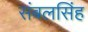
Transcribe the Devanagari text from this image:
संबलसिंह